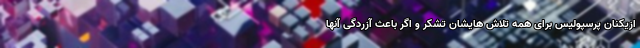
ازیکنان پرسپولیس برای همه تلاش هایشان تشکر و اگر باعث آزردگی آنها